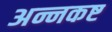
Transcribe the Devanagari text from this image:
अन्नकष्ट